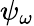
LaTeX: \psi_{\omega}